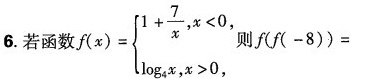
6.若函数f( $$f(x)= \begin{cases} 1+ \frac{7}{x},x<0, \\\\ \log _{4}x,x>0, \end{cases}$$ 则f(f(-8))=